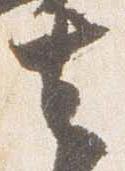
去